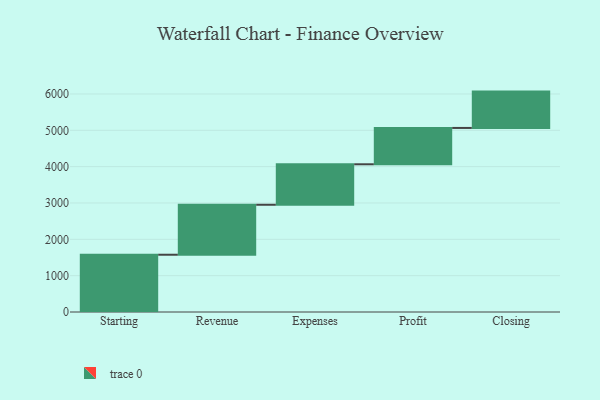
{"axis": {"x": "Step", "y": "Value"}, "legend": [""], "data": [{"x": "Starting", "y": 1576.0, "type": ""}, {"x": "Revenue", "y": 1375.0, "type": ""}, {"x": "Expenses", "y": 1114.0, "type": ""}, {"x": "Profit", "y": 1000, "type": ""}, {"x": "Closing", "y": 1000, "type": ""}]}